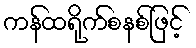
ကန်ထရိုက်စနစ်ဖြင့်